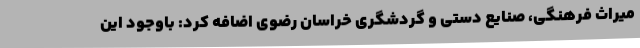
میراث فرهنگی، صنایع دستی و گردشگری خراسان رضوی اضافه کرد: باوجود این